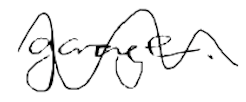
Text: garage.
Cross-out: wave
Writing tool: digital_black